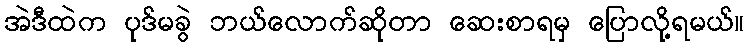
အဲဒီထဲက ပုဒ်မခွဲ ဘယ်လောက်ဆိုတာ ဆေးစာရမှ ပြောလို့ရမယ်။